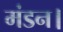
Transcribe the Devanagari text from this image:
मंडन।